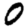
Digit: 0